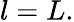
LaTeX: l=L.